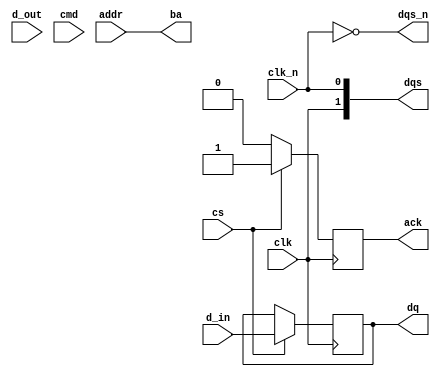
module gddr6x_io_block (
    input wire clk,          // Clock input
    input wire clk_n,        // Inverted clock input
    input wire [3:0] d_in,   // Data input (4 bits for simplicity)
    input wire [3:0] d_out,  // Data output (4 bits for simplicity)
    input wire [2:0] addr,   // Address lines
    input wire cmd,          // Command signal
    input wire cs,           // Chip select
    output wire [3:0] dq,    // Data output to memory
    output wire ack,         // Acknowledgment signal
    output wire [2:0] ba,    // Bank address
    output wire [1:0] dqs,    // Data strobe
    output wire dqs_n        // Inverted data strobe
);

    // Internal signals
    reg [3:0] data_reg;
    reg ack_reg;
    reg [2:0] ba_reg;
    reg [1:0] dqs_reg;
    reg [1:0] dqs_n_reg;

    // Data Encoding (PAM4) - Simplified example
    function [3:0] pam4_encode(input [3:0] data);
        begin
            // Simple PAM4 encoding logic (placeholder)
            pam4_encode = {data[3:2], data[1:0]};
        end
    endfunction

    // Data Output Logic
    always @(posedge clk) begin
        if (cs) begin
            // Capture incoming data
            data_reg <= d_in;
            // Acknowledge the command
            ack_reg <= 1'b1;
        end else begin
            ack_reg <= 1'b0;
        end
    end

    // Assign outputs
    assign dq = pam4_encode(data_reg);
    assign ack = ack_reg;
    assign ba = addr; // Assuming addr maps directly to bank address
    assign dqs = {clk, clk_n}; // Simple mapping for DQS
    assign dqs_n = ~dqs; // Inverted DQS

endmodule